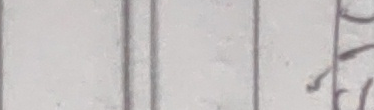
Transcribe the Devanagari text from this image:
७१